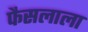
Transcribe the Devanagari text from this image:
फैसलाला